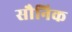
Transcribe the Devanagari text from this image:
सौनिक